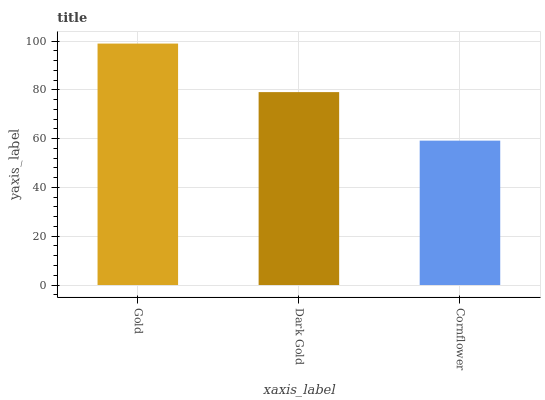
| xaxis_label | bars |
 | --- | --- |
 | Gold | 99 |
 | Dark Gold | 79.1 |
 | Cornflower | 59.2 |